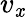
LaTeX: v_{\mathit{x}}